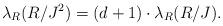
LaTeX: \begin{align*}\lambda_R(R/J^2) = (d+1) \cdot \lambda_R(R/J).\end{align*}